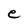
Character: e